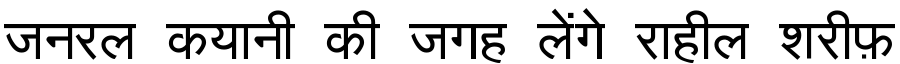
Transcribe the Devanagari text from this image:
जनरल कयानी की जगह लेंगे राहील शरीफ़